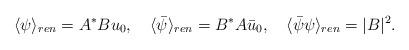
LaTeX: \begin{align*} \langle\psi\rangle_{ren}=A^*B u_0,\quad \langle\bar{\psi}\rangle_{ren}=B^*A \bar{u}_0, \quad \langle\bar{\psi}\psi\rangle_{ren}=|B|^2.\end{align*}